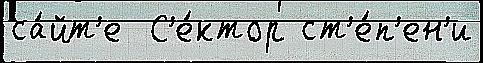
са́йт'е  С'е́ктор ст'е́п'ен'и